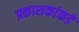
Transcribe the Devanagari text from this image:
प्रकाशकांकडे